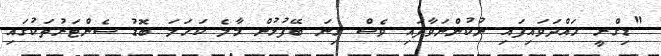
"ޑިގްރީ ހައްދަވައިފައި ނުކުންނަވާފައި ވެސް ގިނަ ބޭފުޅުން މާލެ ކަހަލަ ބޮޑު ސެންޓަރުތަކުގައި